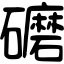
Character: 礳